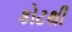
કોટથી